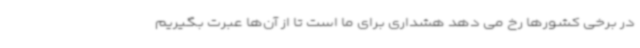
در برخی کشورها رخ می دهد هشداری برای ما است تا از آن‌ها عبرت بگیریم